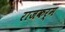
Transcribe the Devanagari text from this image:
राजकर्म